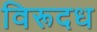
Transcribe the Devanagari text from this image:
विरूदध